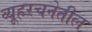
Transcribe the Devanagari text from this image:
व्यूहरचनेतील